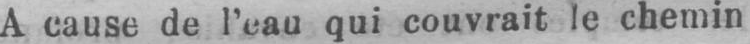
qui couvrait le chemin